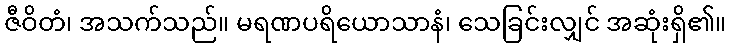
ဇီဝိတံ၊ အသက်သည်။ မရဏပရိယောသာနံ၊ သေခြင်းလျှင် အဆုံးရှိ၏။